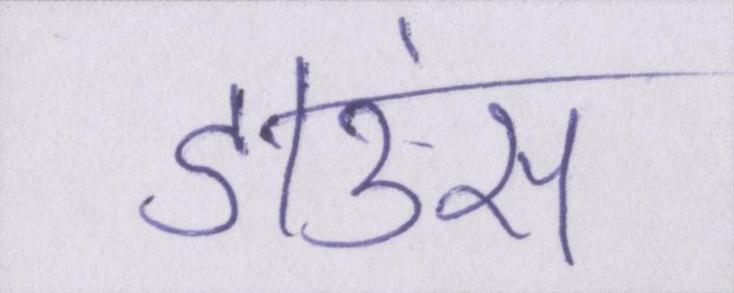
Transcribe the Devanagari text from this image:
डाउंस